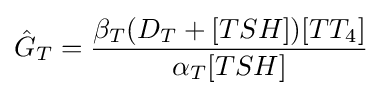
{\hat {G}}_{T}={{\beta _{T}(D_{T}+[TSH])[TT_{4}]} \over {\alpha _{T}[TSH]}}